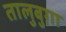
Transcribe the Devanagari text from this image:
तालुबुग़ा